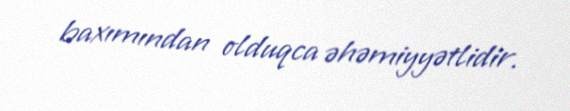
baxımından olduqca əhəmiyyətlidir.